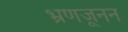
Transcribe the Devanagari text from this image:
भ्रूणजनन